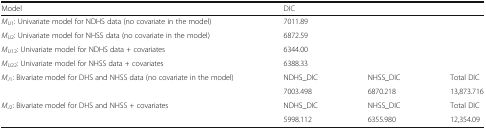
<table><thead><tr><td><b>Model</b></td><td><b>DIC</b></td><td></td><td></td></tr></thead><tbody><tr><td><i>M</i><sub><i>U</i>1</sub>: Univariate model for NDHS data (no covariate in the model)</td><td>7011.89</td><td></td><td></td></tr><tr><td><i>M</i><sub><i>U</i>2</sub>: Univariate model for NHSS data (no covariate in the model)</td><td>6872.59</td><td></td><td></td></tr><tr><td><i>M</i><sub><i>U</i>12</sub>: Univariate model for NDHS data + covariates</td><td>6344.00</td><td></td><td></td></tr><tr><td><i>M</i><sub><i>U</i>22</sub>: Univariate model for NHSS data + covariates</td><td>6388.33</td><td></td><td></td></tr><tr><td rowspan="2"><i>M</i><sub><i>J</i>1</sub>: Bivariate model for DHS and NHSS data (no covariate in the model)</td><td>NDHS_DIC</td><td>NHSS_DIC</td><td>Total DIC</td></tr><tr><td>7003.498</td><td>6870.218</td><td>13,873.716</td></tr><tr><td rowspan="2"><i>M</i><sub><i>J</i>2</sub>: Bivariate model for DHS and NHSS + covariates</td><td>NDHS_DIC</td><td>NHSS_DIC</td><td>Total DIC</td></tr><tr><td>5998.112</td><td>6355.980</td><td>12,354.09</td></tr></tbody></table>